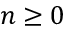
n \ge 0